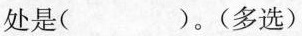
处是( )。(多选)